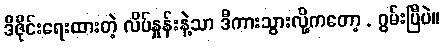
ဒီဇိုင်းရေးထားတဲ့ လိပ်နှုန်းနဲ့သာ ဒီကားသွားလို့ကတော့ . ဂွမ်းပြီပဲ။